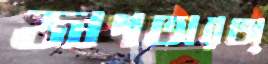
জাগতারঅ্